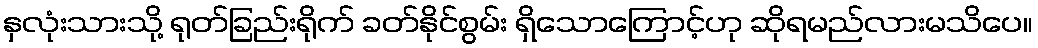
နှလုံးသားသို့ ရုတ်ခြည်းရိုက် ခတ်နိုင်စွမ်း ရှိသောကြောင့်ဟု ဆိုရမည်လားမသိပေ။